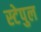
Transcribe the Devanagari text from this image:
स्टेपुल